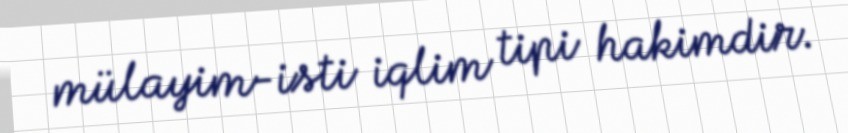
mülayim-isti iqlim tipi hakimdir.